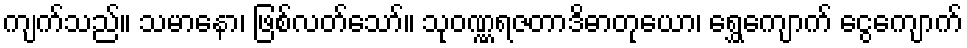
ကျက်သည်။ သမာနော၊ ဖြစ်လတ်သော်။ သုဝဏ္ဏရဇတာဒိဓာတုယော၊ ရွှေကျောက် ငွေကျောက်